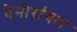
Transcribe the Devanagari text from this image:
पेनीरॉयल